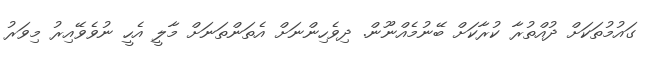
ގައުމުތަކަށް ދުއްތުރާ ކުރާކަށް ބޭނުމެއްނޫން. ދިވެހިންނަށް އެތަންތަނަށް މާލީ އެހީ ނުވެވޭއިރު މިވަރު